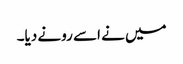
میں نے اسے رونے دیا۔